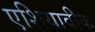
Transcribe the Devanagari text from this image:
एशियावीक